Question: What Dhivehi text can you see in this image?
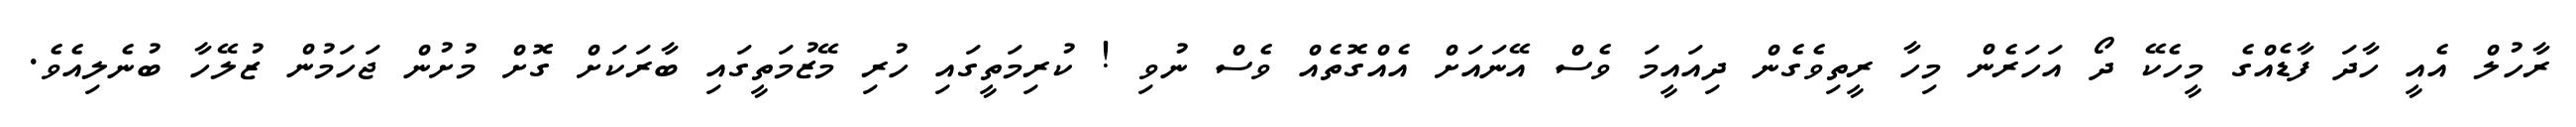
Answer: ރާހުލް އެއީ ހާދަ ފާޑެއްގެ މީހެކޭ ދޯ އަހަރެން މިހާ ރީތިވެގެން ދިއައީމަ ވެސް އޭނައަށް އެއްގޮތެއް ވެސް ނުވި ! ކުރިމަތީގައި ހުރި މޭޒުމަތީގައި ބާރަކަށް ގޮށް މުށުން ޖަހަމުން ޒުލޭހާ ބުނެލިއެވެ.